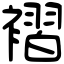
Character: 褶